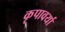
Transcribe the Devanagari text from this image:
कृपावर्या